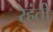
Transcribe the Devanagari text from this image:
रेहंती